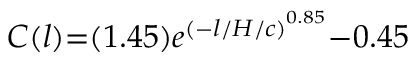
C ( l ) { = } ( 1 . 4 5 ) e ^ { { ( { - } l / H / { c } ) } ^ { 0 . 8 5 } } { - } 0 . 4 5